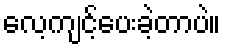
လေ့ကျင့်ပေးခဲ့တာပဲ။